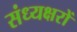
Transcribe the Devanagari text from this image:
संध्यक्षरों